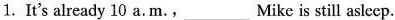
1.It's already 10 a.m.，___ Mike is still asleep.